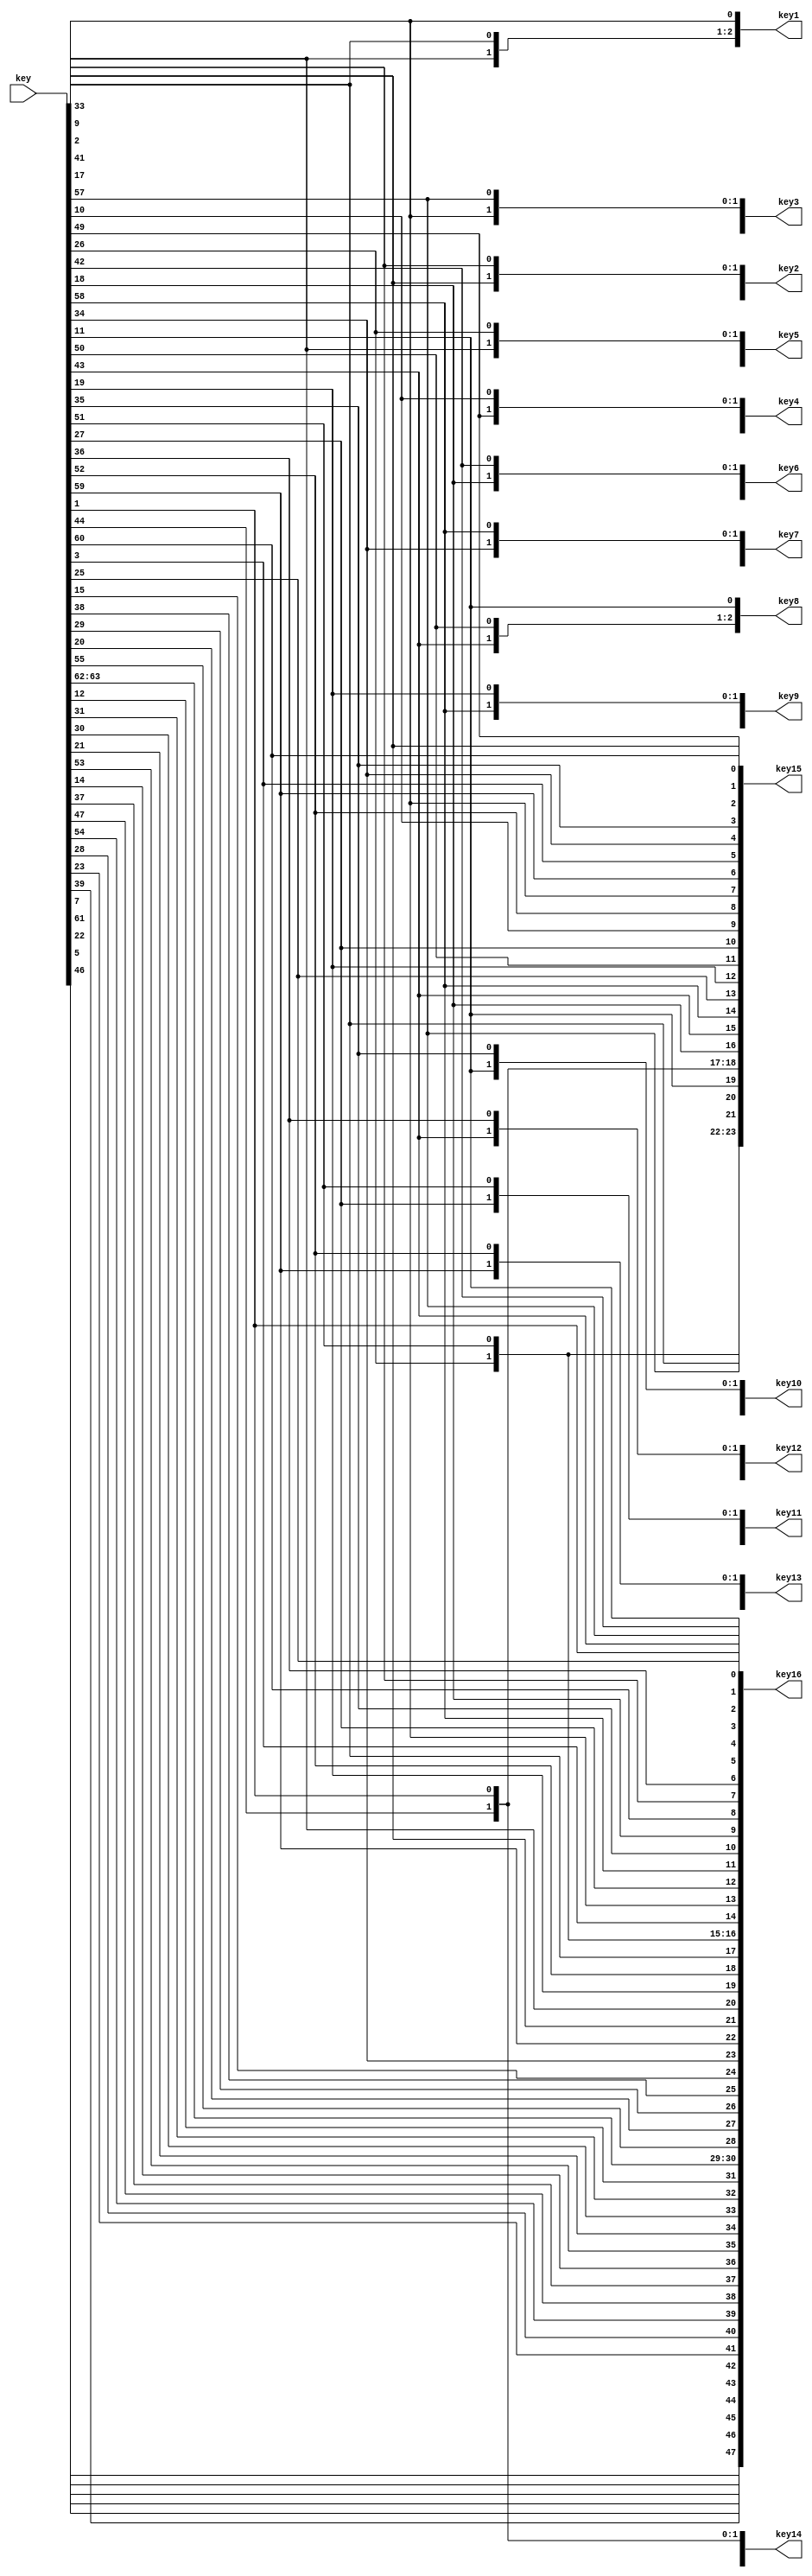
module Key_gen(key, key1, key2, key3, key4, key5, key6, key7, key8, key9, key10, key11, key12, key13, key14, key15, key16);
input [64:1] key;
output reg [48:1] key1, key2, key3, key4, key5, key6, key7, key8, key9, key10, key11, key12, key13, key14, key15, key16;

function [56:1] PC1_perm(input [64:1] key);
 integer PC1[56:1];
 integer i;
 reg [56:1] temp_perm;
 begin
		PC1[1] = 57;
		PC1[2] = 49;
		PC1[3] = 41;
		PC1[4] = 33;
		PC1[5] = 25;
		PC1[6] = 17;
		PC1[7] = 9;
		PC1[8] = 1;
		PC1[9] = 58;
		PC1[10] = 50;
		PC1[11] = 42;
		PC1[12] = 34;
		PC1[13] = 26;
		PC1[14] = 18;
		PC1[15] = 10;
		PC1[16] = 2;
		PC1[17] = 59;
		PC1[18] = 51;
		PC1[19] = 43;
		PC1[20] = 35;
		PC1[21] = 27;
		PC1[22] = 19;
		PC1[23] = 11;
		PC1[24] = 3;
		PC1[25] = 60;
		PC1[26] = 52;
		PC1[27] = 44;
		PC1[28] = 36;
		PC1[29] = 63;
		PC1[30] = 55;
		PC1[31] = 47;
		PC1[32] = 39;
		PC1[33] = 31;
		PC1[34] = 23;
		PC1[35] = 15;
		PC1[36] = 7;
		PC1[37] = 62;
		PC1[38] = 54;
		PC1[39] = 46;
		PC1[40] = 38;
		PC1[41] = 30;
		PC1[42] = 22;
		PC1[43] = 14;
		PC1[44] = 6;
		PC1[45] = 61;
		PC1[46] = 53;
		PC1[47] = 45;
		PC1[48] = 37;
		PC1[49] = 29;
		PC1[50] = 21;
		PC1[51] = 13;
		PC1[52] = 5;
		PC1[53] = 28;
		PC1[54] = 20;
		PC1[55] = 12;
		PC1[56] = 4;
		
		for(i=1; i<=56; i=i+1)
	  temp_perm[56-i+1] = key[64-PC1[i]+1];
		
		PC1_perm = temp_perm;
 end
endfunction

function [48:1] PC2_perm(input [56:1] key_s);
 integer PC2[48:1];
 integer i;
 reg [48:1] temp_perm;
 begin
		PC2[1] = 14;
		PC2[2] = 17;
		PC2[3] = 11;
		PC2[4] = 24;
		PC2[5] = 1;
		PC2[6] = 5;
		PC2[7] = 3;
		PC2[8] = 28;
		PC2[9] = 15;
		PC2[10] = 6;
		PC2[11] = 21;
		PC2[12] = 10;
		PC2[13] = 23;
		PC2[14] = 19;
		PC2[15] = 12;
		PC2[16] = 4;
		PC2[17] = 26;
		PC2[18] = 8;
		PC2[19] = 16;
		PC2[20] = 7;
		PC2[21] = 27;
		PC2[22] = 20;
		PC2[23] = 13;
		PC2[24] = 2;
		PC2[25] = 41;
		PC2[26] = 52;
		PC2[27] = 31;
		PC2[28] = 37;
		PC2[29] = 47;
		PC2[30] = 55;
		PC2[31] = 30;
		PC2[32] = 40;
		PC2[33] = 51;
		PC2[34] = 45;
		PC2[35] = 33;
		PC2[36] = 48;
		PC2[37] = 44;
		PC2[38] = 49;
		PC2[39] = 39;
		PC2[40] = 56;
		PC2[41] = 34;
		PC2[42] = 53;
		PC2[43] = 46;
		PC2[44] = 42;
		PC2[45] = 50;
		PC2[46] = 36;
		PC2[47] = 29;
		PC2[48] = 32;
		
		for(i=1; i<=48; i=i+1)
	  temp_perm[48-i+1] = key_s[56-PC2[i]+1];

		PC2_perm = temp_perm;
 end
endfunction

function [56:1] C_i_D_i(input integer i, input [28:1] C_last, D_last);
 integer shift_left[1:16];
 begin
	shift_left[1] = 1;
	shift_left[2] = 1;
	shift_left[3] = 2;
	shift_left[4] = 2;
	shift_left[5] = 2;
	shift_left[6] = 2;
	shift_left[7] = 2;
	shift_left[8] = 2;
	shift_left[9] = 1;
	shift_left[10] = 2;
	shift_left[11] = 2;
	shift_left[12] = 2;
	shift_left[13] = 2;
	shift_left[14] = 2;
	shift_left[15] = 2;
	shift_left[16] = 1;
	
	if(shift_left[i] == 'd1)
	  C_i_D_i = {C_last[27:1], C_last[28], D_last[27:1], D_last[28]};
	else if(shift_left[i] == 'd2)
	  C_i_D_i = {C_last[26:1], C_last[28:27], D_last[26:1], D_last[28:27]};
	
 end
endfunction

reg [56:1] temp_pc1;
reg [28:1] C[16:0], D[16:0];
reg [48:1] K[1:16];
integer i;

always @(key)
begin
 temp_pc1 = PC1_perm(key);
 C[0] = temp_pc1[56:29];
 D[0] = temp_pc1[28:1];
 for(i=1; i<=16; i=i+1)
 begin
	{C[i], D[i]} = C_i_D_i(i, C[i-1], D[i-1]);
	K[i] = PC2_perm({C[i], D[i]});
 end
 
 key1 = K[1];
 key2 = K[2];
 key3 = K[3];
 key4 = K[4];
 key5 = K[5];
 key6 = K[6];
 key7 = K[7];
 key8 = K[8];
 key9 = K[9];
 key10 = K[10];
 key11 = K[11];
 key12 = K[12];
 key13 = K[13];
 key14 = K[14];
 key15 = K[15];
 key16 = K[16];
end
endmodule